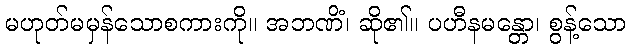
မဟုတ်မမှန်သောစကားကို။ အဘဏိံ၊ ဆို၏။ ပဟီနမန္တော၊ စွန့်သော